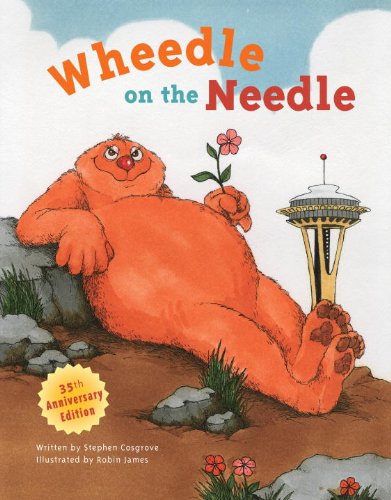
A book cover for Wheedle on the Needle; Stephen Cosgrove; Children's Books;